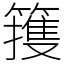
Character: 䉟